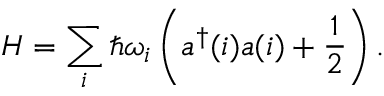
H = \sum _ { i } \hbar \omega _ { i } \left( a ^ { \dagger } ( i ) a ( i ) + { \frac { 1 } { 2 } } \right) .